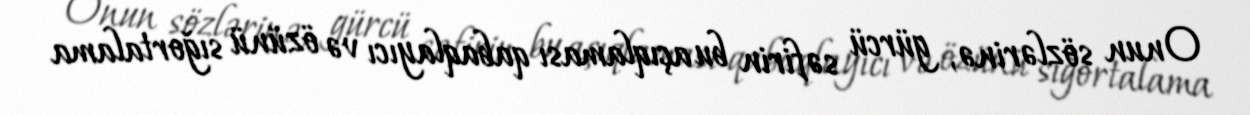
Onun sözlərinə, gürcü səfirin bu açıqlaması qabaqlayıcı və özünü sığortalama